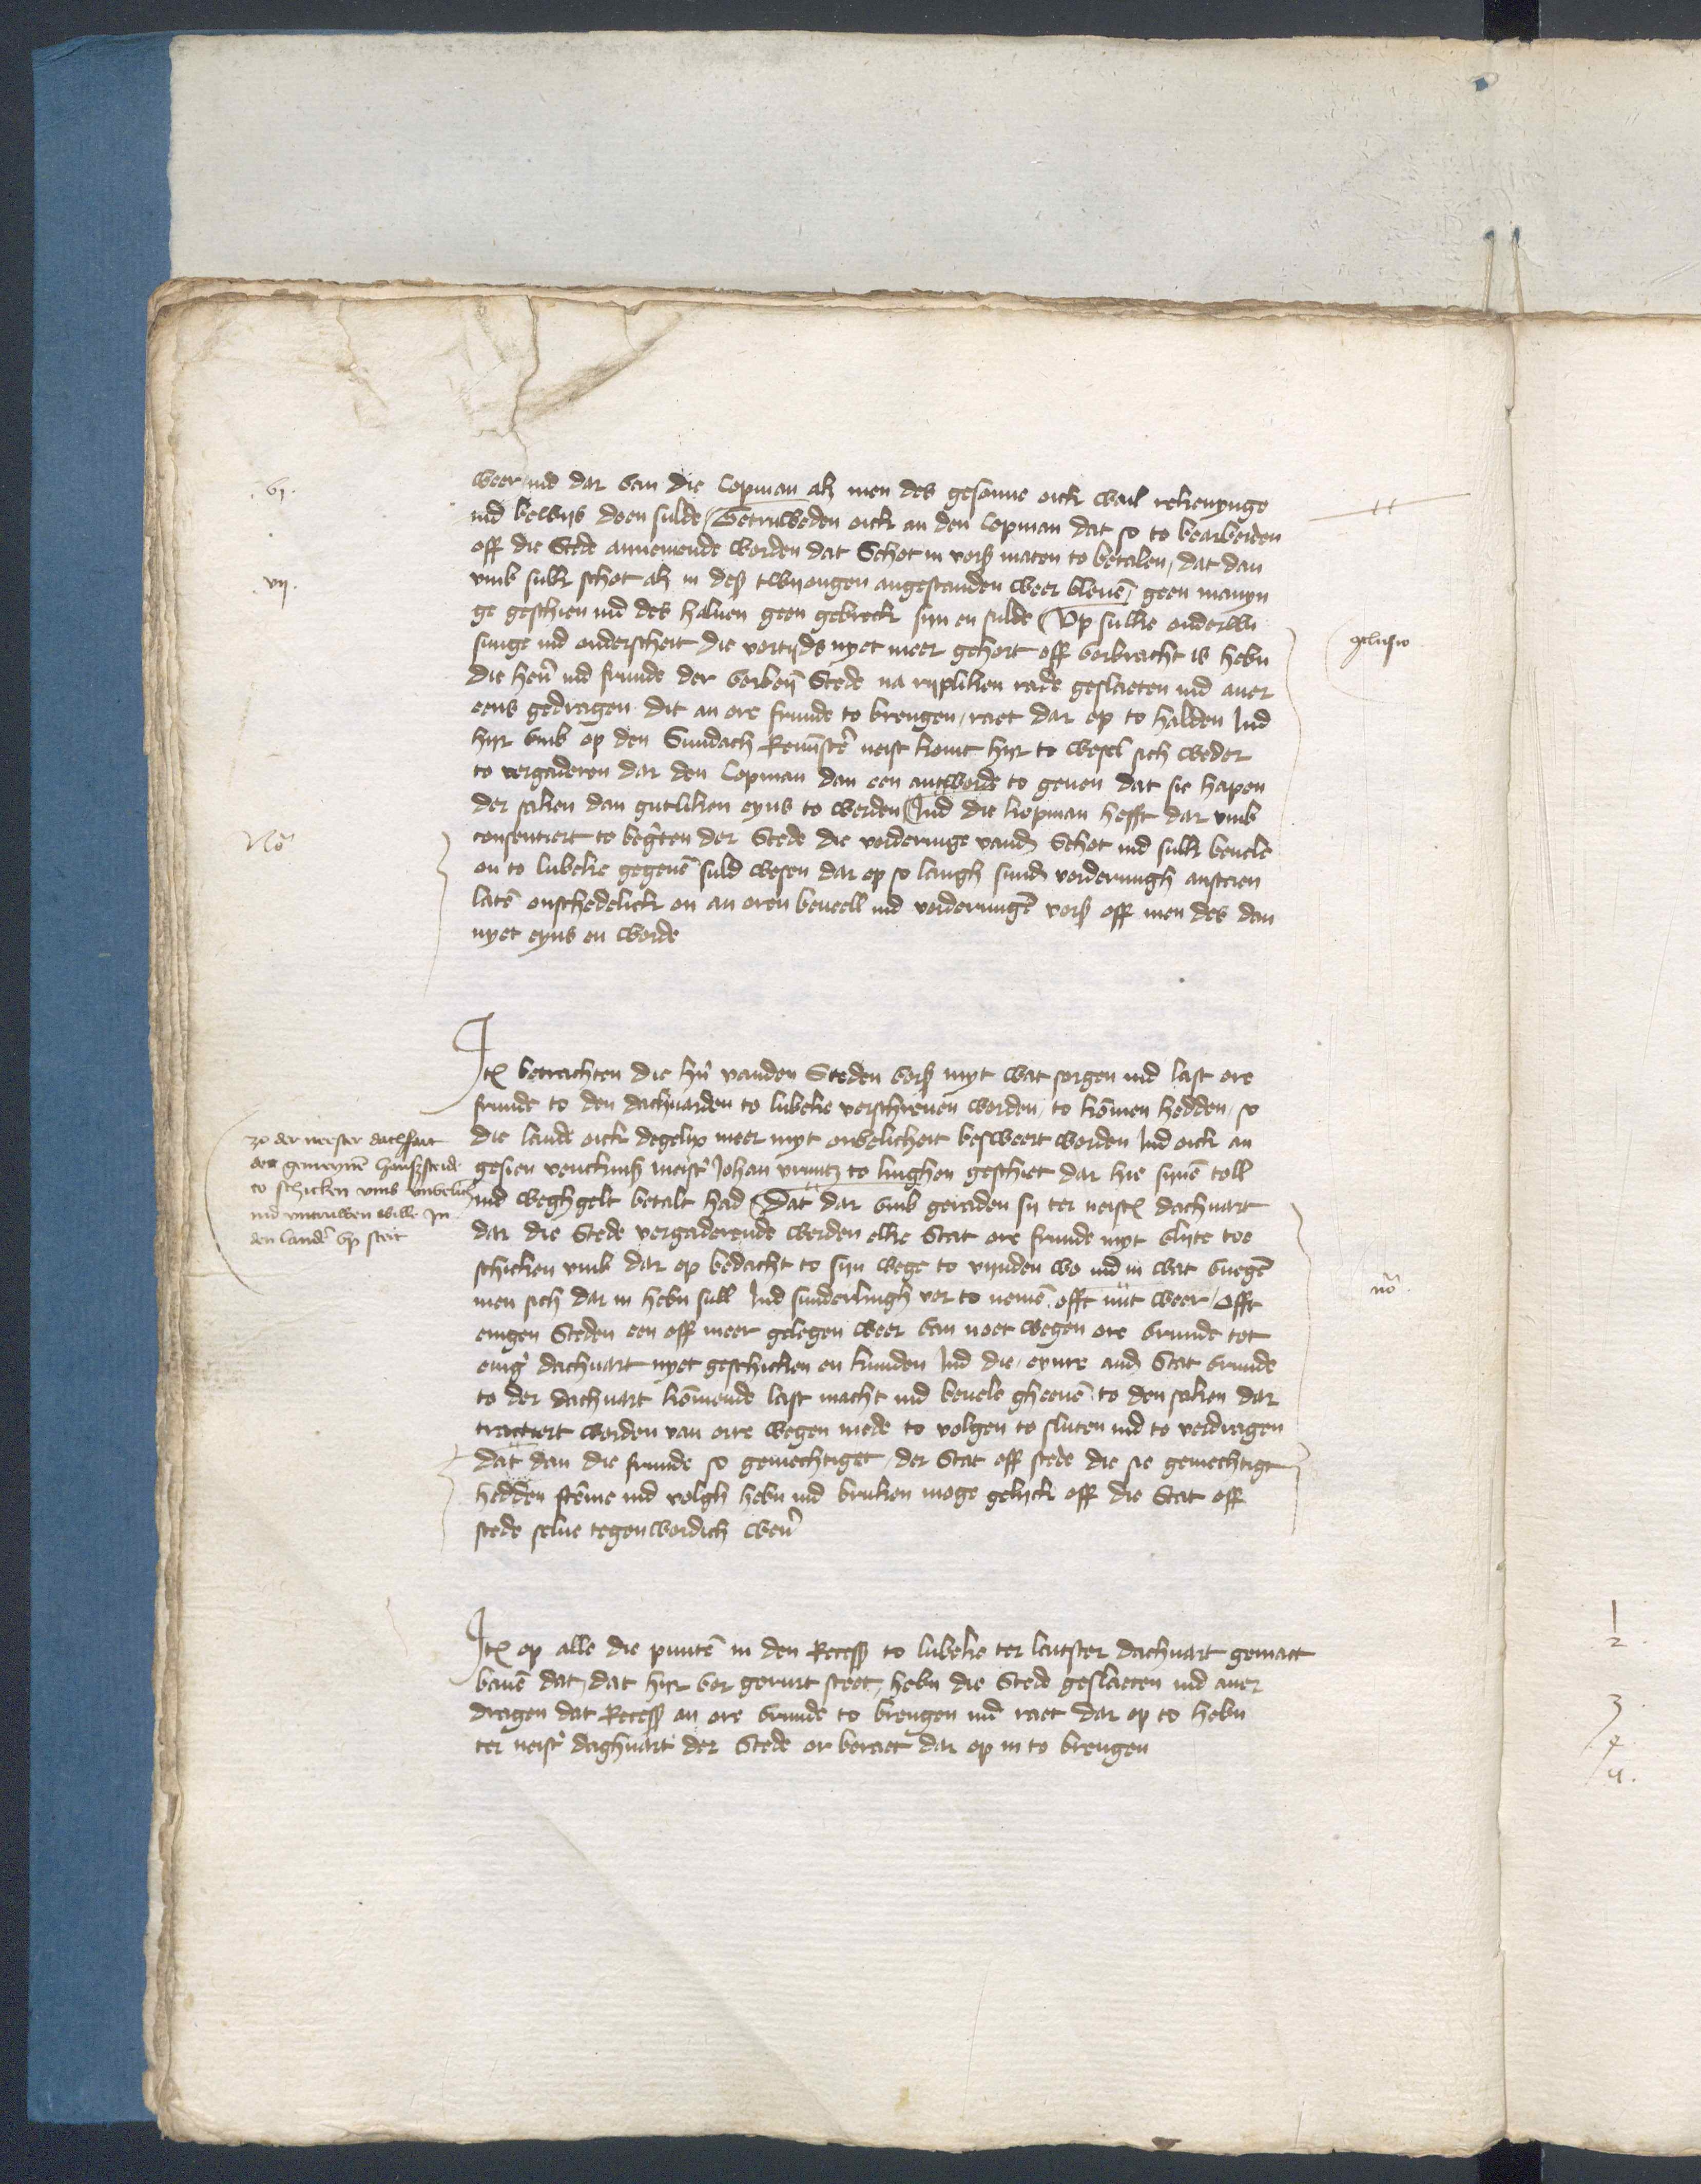
weer ind dar van die Copman alz men des gesonne oick wail rekenynge
ind bewys doen sulde, Getruweden oick an den Copman dat so to bearbeiden
off die Stede annemendt worden dat Schot in vorscreuen maten to betalen, dat dan
vmb sulk schot alz in dessen twyongen angestanden weer bleuen geen manyn¬
ge geschien ind des haluen geen gebreck syn en sulde vp sulke onderwy¬
singe ind onderscheit die vortyds nyet meer gehort off vorbracht is heben
die hern ind frunde der vorbenomeden Stede na rypliken rade geslaeten ind auor¬
eens gedragen dit an ore frunde to brengen, raet dar op to halden lud
hyr vmb op den Sundach Reminiscere neist komt hyr to Wesel sich weder
to vorgaderen dar den Copman dan een antworde to geuen dat sie hapen
der saken dan gutliken eyns to werden Jnd dit kopman hefft dar vmb
consentiert to begeren der Stede die vorderinge vanden Schot ind sulk beuele
en to Lubeke gegeuen suld wesen dar op so langh sunder vorderungh anstaen
laten onschedelick on an oren beuell ind vorderungen vorscreuen off men des dan
nyet eyns en worde

No

gelusen

Jtem betrachten die hern vanden Steden vorscreuen myt wat sorgen ind last ere
frunde to den dachuarden to Lubeke vorschreuen worden, to kommen hedden so
die lande oick degelix meer myt ondelicheit besweert worden Jnd oick an¬
gesien vencknisse meister Johan Vruntz to Linghen geschiet dar hie synen toll
ind wegh gelt betalt had, dat dar vmb geraden sy tor neisten dachuart
dar die Stede vorgaderende werden elke Stat ore frunde myt vlyte toe
schicken vmb dar op bedacht to syn wege to vynden wo ind in wat vuegen
men sich dar in heben sull Jnd sunderlingh vor to nemen offt nut weer offt
enigen Steden een off meer gelegen weer van noet wegen ore vrunde tot
eniger dachuart nyet geschicken en kundeen Jnd dis, eynre ander Stat Vrunde
to der dachuart kommende last macht ind beuele gheeuen to den saken dar
tracteert worden van orre wegen mede to volgen to sluten ind to verdragen
dat dan die frunde so gemechtiget, der Stat off stede die so gemechtige
hedden stemme ind volgh heben ind bruken moge gelyck off die Stat off
stede selue tegenwordich weren

ze der neester dachfart
der gemeynen hanssteide
to schicken vmb vnvelich
ind vntruwen wille Jn
den landen vp steit

Jtem op alle die punten in den Recesse to Lubeke tor laitster dachuart gemaiet
bauen dat, dat hire vor geruet steit heben die Stede geslaeten ind mer
dragen dat Recess an ore vrunde to bringen ind raet dar op to heben
ter neisten daghuart der Stede or beraet dar op in to brengen